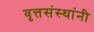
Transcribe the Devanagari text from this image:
वृत्तसंस्थांनी